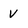
Character: v